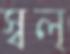
স্বল্